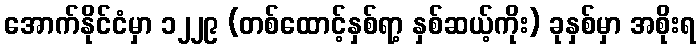
အောက်နိုင်ငံမှာ ၁၂၂၉ (တစ်ထောင့်နှစ်ရာ့ နှစ်ဆယ့်ကိုး) ခုနှစ်မှာ အစိုးရ